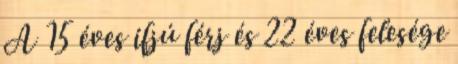
A 15 éves ifjú férj és 22 éves felesége